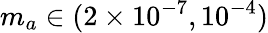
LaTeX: m_{a}\in(2\times 10^{-7},10^{-4})